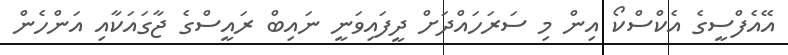
އޭއެފްސީގެ އެކްސްކޯ އިން މި ސަރަހައްދަށް ދީފައިވަނީ ނައިބް ރައީސްގެ ޖާގައަކާއި އަންހެން